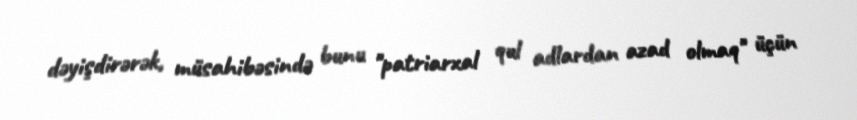
dəyişdirərək, müsahibəsində bunu "patriarxal qul adlardan azad olmaq" üçün